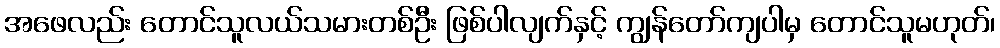
အဖေလည်း တောင်သူလယ်သမားတစ်ဦး ဖြစ်ပါလျက်နှင့် ကျွန်တော်ကျပါမှ တောင်သူမဟုတ်၊